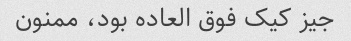
جیز کیک فوق العاده بود، ممنون